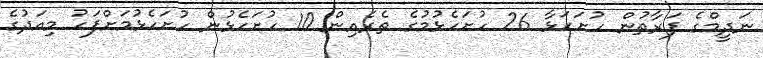
ނަދީމްގެ ފަރާތުން ހުށަހަޅާ 26 ހުށަހެޅުމުގެ ތެރެއިން 10 ހުށަހެޅުން ހުށަހެޅުމަށްފަހު މިއަދުގެ